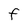
Character: f